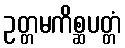
ဥတ္တမကိစ္ဆပတ္တံ